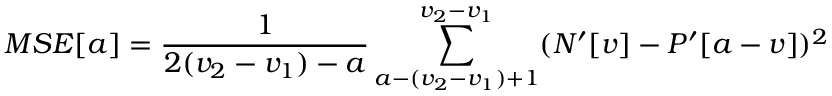
M S E [ a ] = \frac { 1 } { 2 ( v _ { 2 } - v _ { 1 } ) - a } \sum _ { a - ( v _ { 2 } - v _ { 1 } ) + 1 } ^ { v _ { 2 } - v _ { 1 } } ( N ^ { \prime } [ v ] - P ^ { \prime } [ a - v ] ) ^ { 2 }